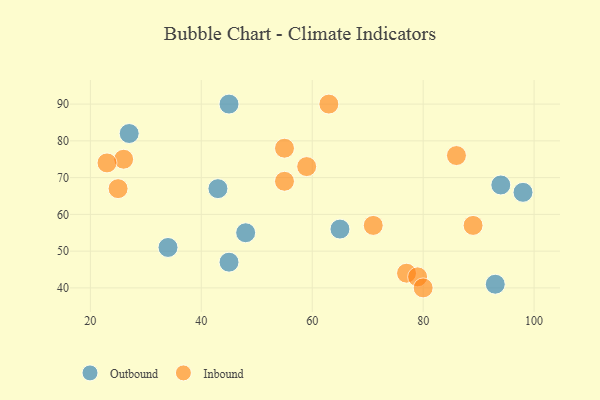
{"axis": {"x": "GDP", "y": "Life Expectancy"}, "legend": ["Inbound", "Outbound"], "data": [{"x": "93", "y": 41, "type": "Outbound"}, {"x": "94", "y": 68, "type": "Outbound"}, {"x": "48", "y": 55, "type": "Outbound"}, {"x": "45", "y": 90, "type": "Outbound"}, {"x": "45", "y": 47, "type": "Outbound"}, {"x": "27", "y": 82, "type": "Outbound"}, {"x": "65", "y": 56, "type": "Outbound"}, {"x": "34", "y": 51, "type": "Outbound"}, {"x": "98", "y": 66, "type": "Outbound"}, {"x": "43", "y": 67, "type": "Outbound"}, {"x": "25", "y": 67, "type": "Inbound"}, {"x": "59", "y": 73, "type": "Inbound"}, {"x": "77", "y": 44, "type": "Inbound"}, {"x": "71", "y": 57, "type": "Inbound"}, {"x": "26", "y": 75, "type": "Inbound"}, {"x": "63", "y": 90, "type": "Inbound"}, {"x": "89", "y": 57, "type": "Inbound"}, {"x": "79", "y": 43, "type": "Inbound"}, {"x": "86", "y": 76, "type": "Inbound"}, {"x": "23", "y": 74, "type": "Inbound"}, {"x": "55", "y": 78, "type": "Inbound"}, {"x": "80", "y": 40, "type": "Inbound"}, {"x": "55", "y": 69, "type": "Inbound"}]}